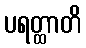
ပရတ္ထာတိ